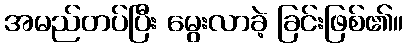
အမည်တပ်ပြီး မွေးလာခဲ့ ခြင်းဖြစ်၏။